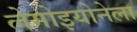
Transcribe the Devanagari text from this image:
लेगोइयोनेला